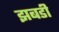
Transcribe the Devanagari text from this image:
झबडी